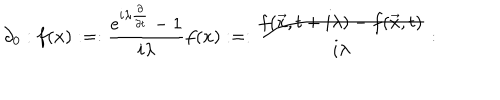
LaTeX: \partial _ { 0 } : f ( x ) : = : \frac { e ^ { i \lambda { \frac { \partial } { \partial t } } } - 1 } { i \lambda } f ( x ) : = : \frac { f ( \vec { x } , t + i \lambda ) - f ( \vec { x } , t ) } { i \lambda } :